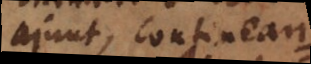
ajunt, contineant